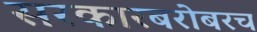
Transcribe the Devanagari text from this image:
सरकारबरोबरच